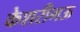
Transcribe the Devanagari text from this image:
केशरीमऊ